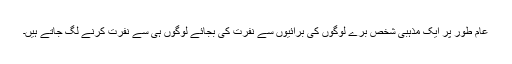
عام طور پر ایک مذہبی شخص برے لوگوں کی برائیوں سے نفرت کی بجائے لوگوں ہی سے نفرت کرنے لگ جاتے ہیں۔